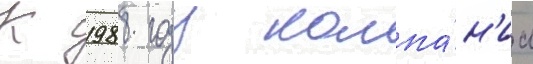
К 1988 году компа́н'иа